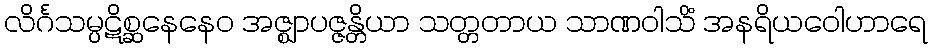
လိင်္ဂသမ္ပဋိစ္ဆနေနေဝ အဇ္ဈာပဇ္ဇန္တိယာ သတ္တတာယ သာဏဝါသိံ အနရိယဝေါဟာရေ